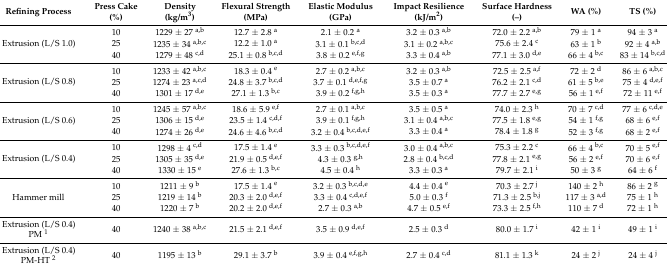
<table><thead><tr><td><b>Refining Process</b></td><td><b>Press Cake (%)</b></td><td><b>Density (kg/m<sup>3</sup>)</b></td><td><b>Flexural Strength (MPa)</b></td><td><b>Elastic Modulus (GPa)</b></td><td><b>Impact Resilience (kJ/m<sup>2</sup>)</b></td><td><b>Surface Hardness (–)</b></td><td><b>WA (%)</b></td><td><b>TS (%)</b></td></tr></thead><tbody><tr><td rowspan="3">Extrusion (L/S 1.0)</td><td>10</td><td>1229 ± 27 <sup>a,b</sup></td><td>12.7 ± 2.8 <sup>a</sup></td><td>2.1 ± 0.2 <sup>a</sup></td><td>3.2 ± 0.3 <sup>a,b</sup></td><td>72.0 ± 2.2 <sup>a,b</sup></td><td>79 ± 1 <sup>a</sup></td><td>94 ± 3 <sup>a</sup></td></tr><tr><td>25</td><td>1235 ± 34 <sup>a,b,c</sup></td><td>12.2 ± 1.0 <sup>a</sup></td><td>3.1 ± 0.1 <sup>b,c,d</sup></td><td>3.1 ± 0.2 <sup>a,b,c</sup></td><td>75.6 ± 2.4 <sup>c</sup></td><td>63 ± 1 <sup>b</sup></td><td>92 ± 4 <sup>a,b</sup></td></tr><tr><td>40</td><td>1279 ± 48 <sup>c,d</sup></td><td>25.1 ± 0.8 <sup>b,c,d</sup></td><td>3.8 ± 0.2 <sup>e,f,g</sup></td><td>3.3 ± 0.4 <sup>a,b</sup></td><td>77.1 ± 3.0 <sup>d,e</sup></td><td>66 ± 4 <sup>b,c</sup></td><td>83 ± 14 <sup>b,c,d</sup></td></tr><tr><td rowspan="3">Extrusion (L/S 0.8)</td><td>10</td><td>1233 ± 42 <sup>a,b,c</sup></td><td>18.3 ± 0.4 <sup>e</sup></td><td>2.7 ± 0.2 <sup>a,b,c</sup></td><td>3.2 ± 0.3 <sup>a,b</sup></td><td>72.5 ± 2.5 <sup>a,f</sup></td><td>72 ± 2 <sup>d</sup></td><td>86 ± 6 <sup>a,b,c</sup></td></tr><tr><td>25</td><td>1274 ± 23 <sup>a,c,d</sup></td><td>24.8 ± 3.7 <sup>b,c,d</sup></td><td>3.7 ± 0.1 <sup>d,e,f,g</sup></td><td>3.5 ± 0.7 <sup>a</sup></td><td>76.2 ± 2.1 <sup>c,d</sup></td><td>61 ± 5 <sup>b,e</sup></td><td>75 ± 4 <sup>d,e,f</sup></td></tr><tr><td>40</td><td>1301 ± 17 <sup>d,e</sup></td><td>27.1 ± 1.3 <sup>b,c</sup></td><td>3.9 ± 0.2 <sup>f,g,h</sup></td><td>3.5 ± 0.3 <sup>a</sup></td><td>77.7 ± 2.7 <sup>e,g</sup></td><td>56 ± 1 <sup>e,f</sup></td><td>72 ± 11 <sup>e,f</sup></td></tr><tr><td rowspan="3">Extrusion (L/S 0.6)</td><td>10</td><td>1245 ± 57 <sup>a,b,c</sup></td><td>18.6 ± 5.9 <sup>e,f</sup></td><td>2.7 ± 0.1 <sup>a,b,c</sup></td><td>3.5 ± 0.5 <sup>a</sup></td><td>74.0 ± 2.3 <sup>h</sup></td><td>70 ± 7 <sup>c,d</sup></td><td>77 ± 6 <sup>c,d,e</sup></td></tr><tr><td>25</td><td>1306 ± 15 <sup>d,e</sup></td><td>23.5 ± 1.4 <sup>c,d,f</sup></td><td>3.9 ± 0.1 <sup>f,g,h</sup></td><td>3.1 ± 0.4 <sup>a,b,c</sup></td><td>77.5 ± 1.8 <sup>e,g</sup></td><td>54 ± 1 <sup>f,g</sup></td><td>68 ± 6 <sup>e,f</sup></td></tr><tr><td>40</td><td>1274 ± 26 <sup>d,e</sup></td><td>24.6 ± 4.6 <sup>b,c,d</sup></td><td>3.2 ± 0.4 <sup>b,c,d,e,f</sup></td><td>3.3 ± 0.4 <sup>a</sup></td><td>78.4 ± 1.8 <sup>g</sup></td><td>52 ± 3 <sup>f,g</sup></td><td>68 ± 2 <sup>e,f</sup></td></tr><tr><td rowspan="3">Extrusion (L/S 0.4)</td><td>10</td><td>1298 ± 4 <sup>c,d</sup></td><td>17.5 ± 1.4 <sup>e</sup></td><td>3.3 ± 0.3 <sup>b,c,d,e,f</sup></td><td>3.0 ± 0.4 <sup>a,b,c</sup></td><td>75.3 ± 2.2 <sup>c</sup></td><td>66 ± 4 <sup>b,c</sup></td><td>70 ± 5 <sup>e,f</sup></td></tr><tr><td>25</td><td>1305 ± 35 <sup>d,e</sup></td><td>21.9 ± 0.5 <sup>d,e,f</sup></td><td>4.3 ± 0.3 <sup>g,h</sup></td><td>2.8 ± 0.4 <sup>b,c,d</sup></td><td>77.8 ± 2.1 <sup>e,g</sup></td><td>56 ± 2 <sup>e,f</sup></td><td>70 ± 6 <sup>e,f</sup></td></tr><tr><td>40</td><td>1330 ± 15 <sup>e</sup></td><td>27.6 ± 1.3 <sup>b,c</sup></td><td>4.5 ± 0.4 <sup>h</sup></td><td>3.3 ± 0.3 <sup>a</sup></td><td>79.7 ± 2.1 <sup>i</sup></td><td>50 ± 3 <sup>g</sup></td><td>64 ± 6 <sup>f</sup></td></tr><tr><td rowspan="3">Hammer mill</td><td>10</td><td>1211 ± 9 <sup>b</sup></td><td>17.5 ± 1.4 <sup>e</sup></td><td>3.2 ± 0.3 <sup>b,c,d,e</sup></td><td>4.4 ± 0.4 <sup>e</sup></td><td>70.3 ± 2.7 <sup>j</sup></td><td>140 ± 2 <sup>h</sup></td><td>86 ± 2 <sup>g</sup></td></tr><tr><td>25</td><td>1219 ± 14 <sup>b</sup></td><td>20.3 ± 2.0 <sup>d,e,f</sup></td><td>3.3 ± 0.4 <sup>c,d,e,f</sup></td><td>5.0 ± 0.3 <sup>f</sup></td><td>71.3 ± 2.5 <sup>b,j</sup></td><td>117 ± 3 <sup>a,d</sup></td><td>75 ± 1 <sup>h</sup></td></tr><tr><td>40</td><td>1220 ± 7 <sup>b</sup></td><td>20.2 ± 2.0 <sup>d,e,f</sup></td><td>2.7 ± 0.3 <sup>a,b</sup></td><td>4.7 ± 0.5 <sup>e,f</sup></td><td>73.3 ± 2.5 <sup>f,h</sup></td><td>110 ± 7 <sup>d</sup></td><td>72 ± 1 <sup>h</sup></td></tr><tr><td>Extrusion (L/S 0.4) PM <sup>1</sup></td><td>40</td><td>1240 ± 38 <sup>a,b,c</sup></td><td>21.5 ± 2.1 <sup>d,e,f</sup></td><td>3.5 ± 0.9 <sup>d,e,f</sup></td><td>2.5 ± 0.3 <sup>d</sup></td><td>80.0 ± 1.7 <sup>i</sup></td><td>42 ± 1 <sup>i</sup></td><td>49 ± 1 <sup>i</sup></td></tr><tr><td>Extrusion (L/S 0.4) PM-HT <sup>2</sup></td><td>40</td><td>1195 ± 13 <sup>b</sup></td><td>29.1 ± 3.7 <sup>b</sup></td><td>3.9 ± 0.4 <sup>e,f,g,h</sup></td><td>2.7 ± 0.4 <sup>c,d</sup></td><td>81.1 ± 1.3 <sup>k</sup></td><td>24 ± 2 <sup>j</sup></td><td>24 ± 4 <sup>j</sup></td></tr></tbody></table>